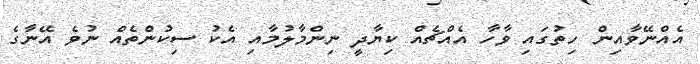
އެއްނޭވާއިން ހިތުގައި ވާހާ އެއްޗެއް ކިޔާދީ ނިންމާލުމާއި އެކު ސިކުންތެއް ނުވެ އޭނާގެ